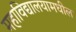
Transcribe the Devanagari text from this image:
महाविद्यालयामधील